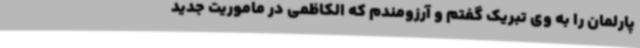
پارلمان را به وی تبریک گفتم و آرزومندم که الکاظمی در ماموریت جدید